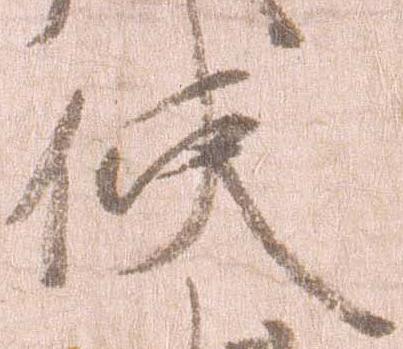
使